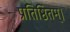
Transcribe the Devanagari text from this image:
प्रतिष्ठितम्‌।